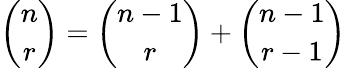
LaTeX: {\binom{n}{r}}={\binom{n-1}{r}}+{\binom{n-1}{r-1}}